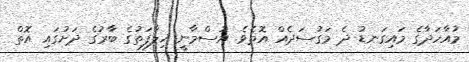
މުއާހަދާގެ މައިގަނޑު ދެ މަގުސަދެއް އޮތެވެ. އުސްމާނީ ޚިލާފަތުގެ ބާރުގެ ދަށުގައި އޮތް